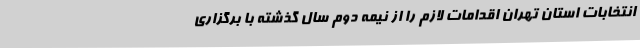
انتخابات استان تهران اقدامات لازم را از نیمه دوم سال گذشته با برگزاری